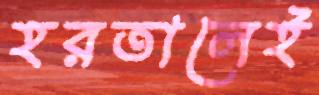
হরতালেই